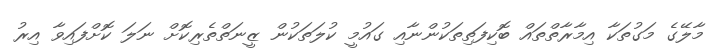
މާލޭގެ މަގުތަކާ އިމާރާތްތައް ބޮކިފަތިތަކުންނާއި ގައުމީ ކުލަތަކުން ޒީނަތްތެރިކޮށް ނަލަ ކޮށްފައިވާ އިރު